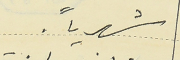
شهرياً.